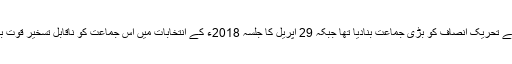
اس جلسے نے تحریک انصاف کو بڑی جماعت بنادیا تھا جبکہ 29 اپریل کا جلسہ 2018ء کے انتخابات میں اس جماعت کو ناقابل تسخیر قوت بنا سکتا ہے۔